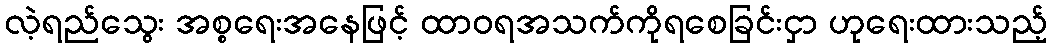
လဲ့ရည်သွေး အစ္စရေးအနေဖြင့် ထာဝရအသက်ကိုရစေခြင်းငှာ ဟုရေးထားသည့်